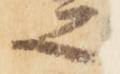
之